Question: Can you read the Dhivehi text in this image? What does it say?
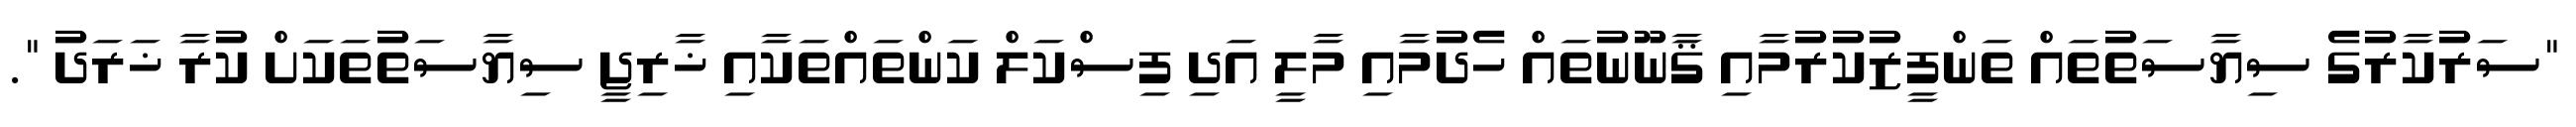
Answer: "ސަރުކާރުގެ ސިޔާސަތުތައް ތަންފީޒުކުރުމާއި ޤާނޫނުތައް ހެދުމާއި މާލީ އަދި ފިސްކަލް ކަންތައްތަކާއި ޚާރިޖީ ސިޔާސަތުތަކަށް ކުރާ ޚަރަދު ".